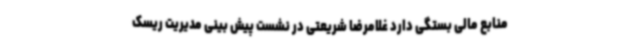
منابع مالی بستگی دارد غلامرضا شریعتی در نشست پیش بینی مدیریت ریسک